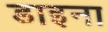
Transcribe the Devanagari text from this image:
डाइना